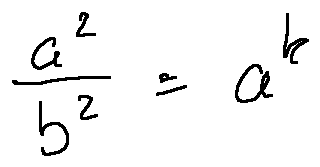
\frac { a ^ { 2 } } { b ^ { 2 } } = a ^ { k }